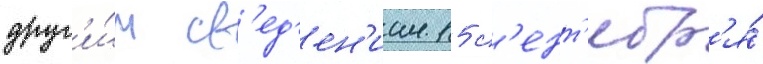
друг'и́м св'ед'ен'иам 15 с'ент'ябр'я́